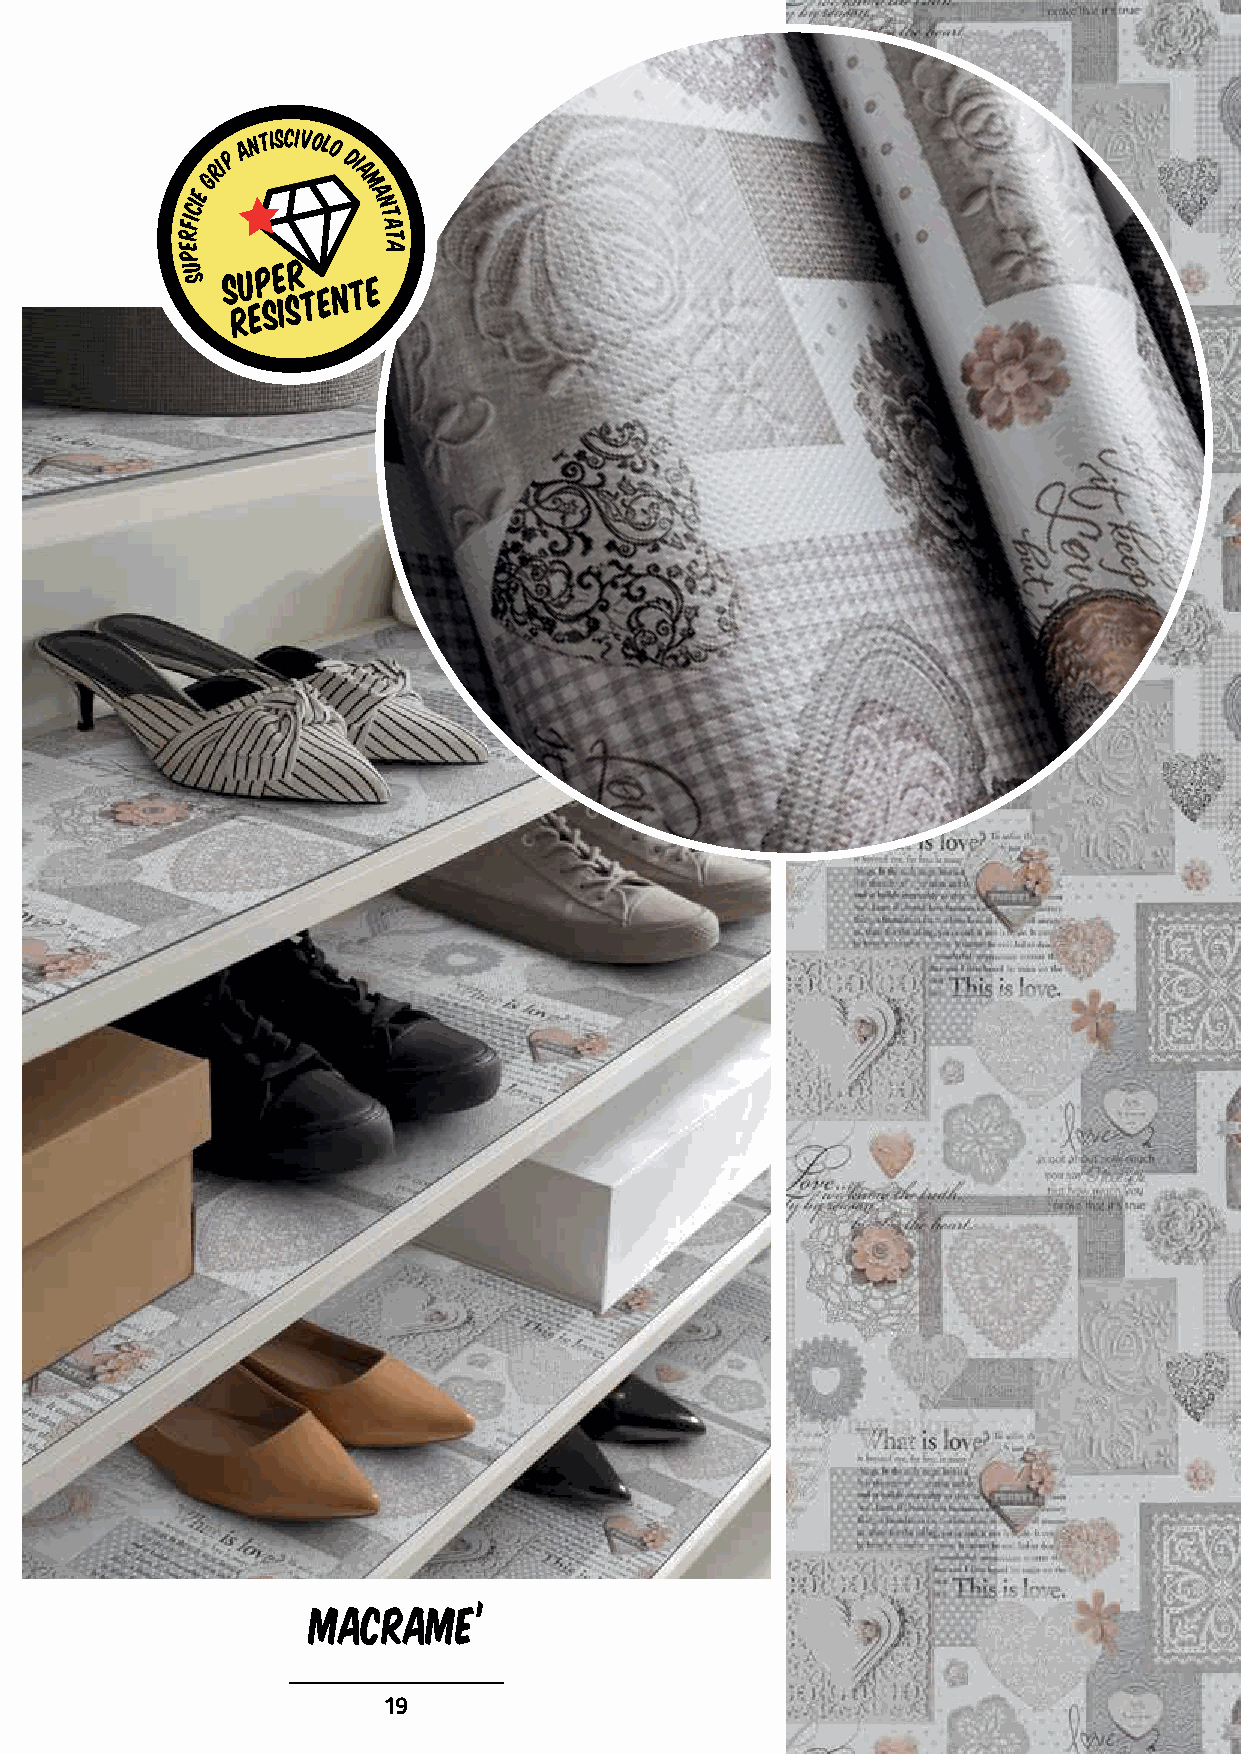
GRIP
 a n tiscivolo
 di
 a
 CIE
 m
 a
 n
 FI           t
 a
 R            t
 E            a
 P
 U
 S
 MACRAME’
 19